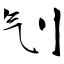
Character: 刏